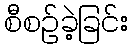
စီစဉ်ခဲ့ခြင်း